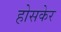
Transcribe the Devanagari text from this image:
होसकेर